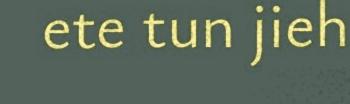
ete tun jieh